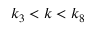
k _ { 3 } < k < k _ { 8 }